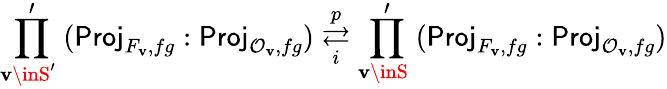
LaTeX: \left.\underset{\mathbf{v}\inS^{\prime}\; }{\prod^{\prime}}\right.(\mathsf{{Proj}}_{F_{\mathbf{v}},fg}:\mathsf{{Proj}}_{\mathcal{{O}}_{\mathbf{v}},fg})\underset{i}{\overset{p}{\rightleftarrows}}\left.\underset{\mathbf{v}\inS\; }{\prod^{\prime}}\right.(\mathsf{{Proj}}_{F_{\mathbf{v}},fg}:\mathsf{{Proj}}_{\mathcal{{O}}_{\mathbf{v}},fg})